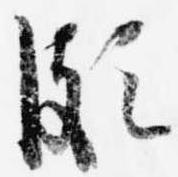
頗